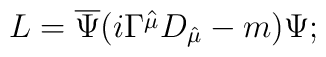
L=\overline{\Psi }(i\Gamma \hat{^{\mu }}D_{\hat{\mu }}-m)\Psi ;